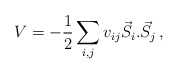
\begin{align*}V=-\frac{1}{2}\sum_{i,j}v_{ij}\vec{S}_{i}.\vec{S}_{j}\, ,\end{align*}